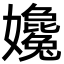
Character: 㜶